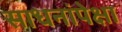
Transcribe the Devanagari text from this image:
साधनांपेक्षा